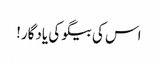
اس کی بیگو کی یادگار!